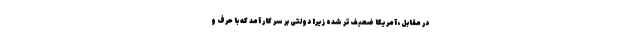
در مقابل، آمریکا ضعیف‌تر شده زیرا دولتی بر سر کار آمد که با حرف و